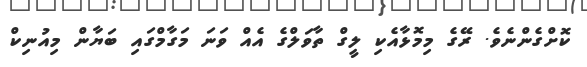
ކޮށްގެންނެވެ. ރޭގެ މިމޮޅާއެކި ލީގް ތާވަލްގެ އެއް ވަނަ މަގާމްގައި ބަޔާން މިއުނިކް